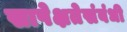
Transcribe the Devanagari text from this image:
सापेक्षतेसंबंधी